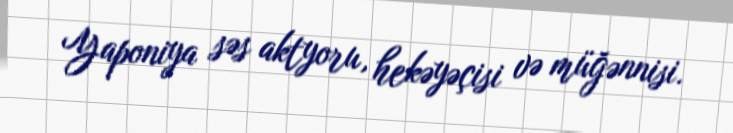
Yaponiya səs aktyoru, hekəyəçisi və müğənnisi.